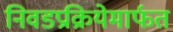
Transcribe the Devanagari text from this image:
निवडप्रक्रियेमार्फत